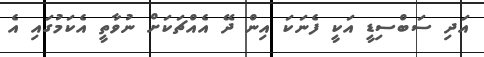
އަދި ސަބްސިޑީ އަކީ ފެނަކަ އިން ދޭ އެއްޗަކަށް ނުވާތީ އެކަމުގައި އެ